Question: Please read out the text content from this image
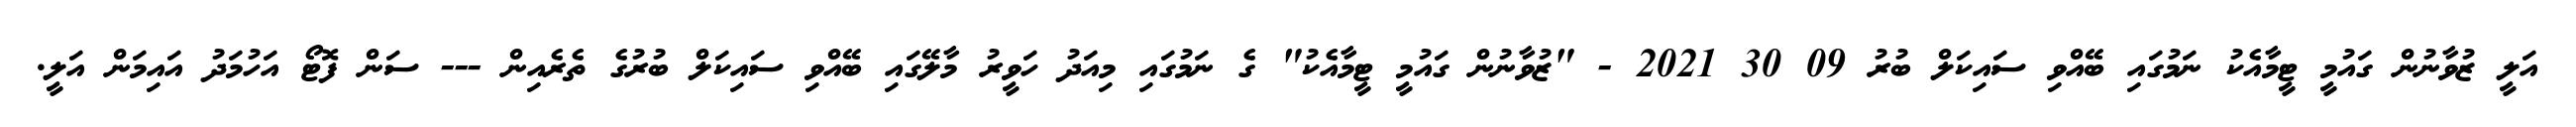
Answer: އަލީ ޒުވާނުން ގައުމީ ޓީމާއެކު ނަމުގައި ބޭއްވި ސައިކަލް ބުރު 09 30 2021 - "ޒުވާނުން ގައުމީ ޓީމާއެކު" ގެ ނަމުގައި މިއަދު ހަވީރު މާލޭގައި ބޭއްވި ސައިކަލް ބުރުގެ ތެރެއިން --- ސަން ފޮޓޯ އަހުމަދު އައިމަން އަލީ.